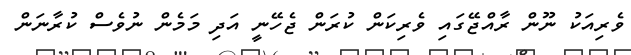
ވެރިއަކު ނޫން ރާއްޖޭގައި ވެރިކަން ކުރަން ޖެހޭނީ އަދި މަމެން ނުވެސް ކުރާނަން